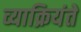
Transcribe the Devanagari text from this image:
व्याक्रियंते